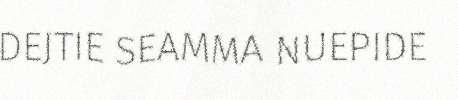
DEJTIE SEAMMA NUEPIDE